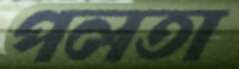
পলতা